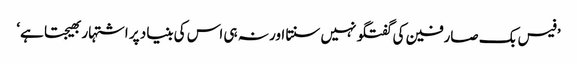
’فیس بک صارفین کی گفتگو نہیں سنتا اور نہ ہی اس کی بنیاد پر اشتہار بھیجتا ہے‘